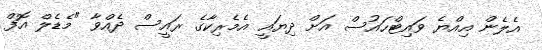
އެލެން އިއްޔެ ވައިޓްހައުސް އަށް ދިޔައީ އެމެރިކާގެ ރައީސް ދެއްވާ "މެޑެލް އޮފް